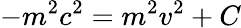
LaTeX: -m^{2}c^{2}=m^{2}v^{2}+C